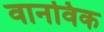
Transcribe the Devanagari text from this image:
वानविक